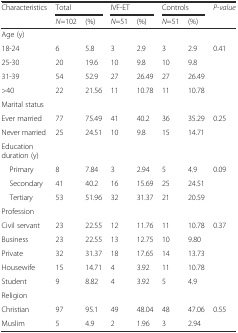
<table><thead><tr><td rowspan="2"><b>Characteristics</b></td><td colspan="2"><b>Total</b></td><td colspan="2"><b>IVF-ET</b></td><td colspan="2"><b>Controls</b></td><td rowspan="2"><b><i>P-value</i></b></td></tr><tr><td><b><i>N</i>=102</b></td><td><b>(%)</b></td><td><b><i>N</i>=51</b></td><td><b>(%)</b></td><td><b><i>N</i>=51</b></td><td><b>(%)</b></td></tr></thead><tbody><tr><td>Age (y)</td><td></td><td></td><td></td><td></td><td></td><td></td><td></td></tr><tr><td>18-24</td><td>6</td><td>5.8</td><td>3</td><td>2.9</td><td>3</td><td>2.9</td><td rowspan="4">0.41</td></tr><tr><td>25-30</td><td>20</td><td>19.6</td><td>10</td><td>9.8</td><td>10</td><td>9.8</td></tr><tr><td>31-39</td><td>54</td><td>52.9</td><td>27</td><td>26.49</td><td>27</td><td>26.49</td></tr><tr><td>&gt;40</td><td>22</td><td>21.56</td><td>11</td><td>10.78</td><td>11</td><td>10.78</td></tr><tr><td>Marital status</td><td></td><td></td><td></td><td></td><td></td><td></td><td></td></tr><tr><td>Ever married</td><td>77</td><td>75.49</td><td>41</td><td>40.2</td><td>36</td><td>35.29</td><td rowspan="2">0.25</td></tr><tr><td>Never married</td><td>25</td><td>24.51</td><td>10</td><td>9.8</td><td>15</td><td>14.71</td></tr><tr><td>Education duration (y)</td><td></td><td></td><td></td><td></td><td></td><td></td><td></td></tr><tr><td> Primary</td><td>8</td><td>7.84</td><td>3</td><td>2.94</td><td>5</td><td>4.9</td><td rowspan="3">0.09</td></tr><tr><td> Secondary</td><td>41</td><td>40.2</td><td>16</td><td>15.69</td><td>25</td><td>24.51</td></tr><tr><td> Tertiary</td><td>53</td><td>51.96</td><td>32</td><td>31.37</td><td>21</td><td>20.59</td></tr><tr><td>Profession</td><td></td><td></td><td></td><td></td><td></td><td></td><td></td></tr><tr><td>Civil servant</td><td>23</td><td>22.55</td><td>12</td><td>11.76</td><td>11</td><td>10.78</td><td rowspan="5">0.37</td></tr><tr><td>Business</td><td>23</td><td>22.55</td><td>13</td><td>12.75</td><td>10</td><td>9.80</td></tr><tr><td>Private</td><td>32</td><td>31.37</td><td>18</td><td>17.65</td><td>14</td><td>13.73</td></tr><tr><td>Housewife</td><td>15</td><td>14.71</td><td>4</td><td>3.92</td><td>11</td><td>10.78</td></tr><tr><td>Student</td><td>9</td><td>8.82</td><td>4</td><td>3.92</td><td>5</td><td>4.9</td></tr><tr><td>Religion</td><td></td><td></td><td></td><td></td><td></td><td></td><td></td></tr><tr><td>Christian</td><td>97</td><td>95.1</td><td>49</td><td>48.04</td><td>48</td><td>47.06</td><td rowspan="2">0.55</td></tr><tr><td>Muslim</td><td>5</td><td>4.9</td><td>2</td><td>1.96</td><td>3</td><td>2.94</td></tr></tbody></table>